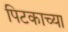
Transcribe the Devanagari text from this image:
पिटकाच्या